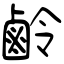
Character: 鹷